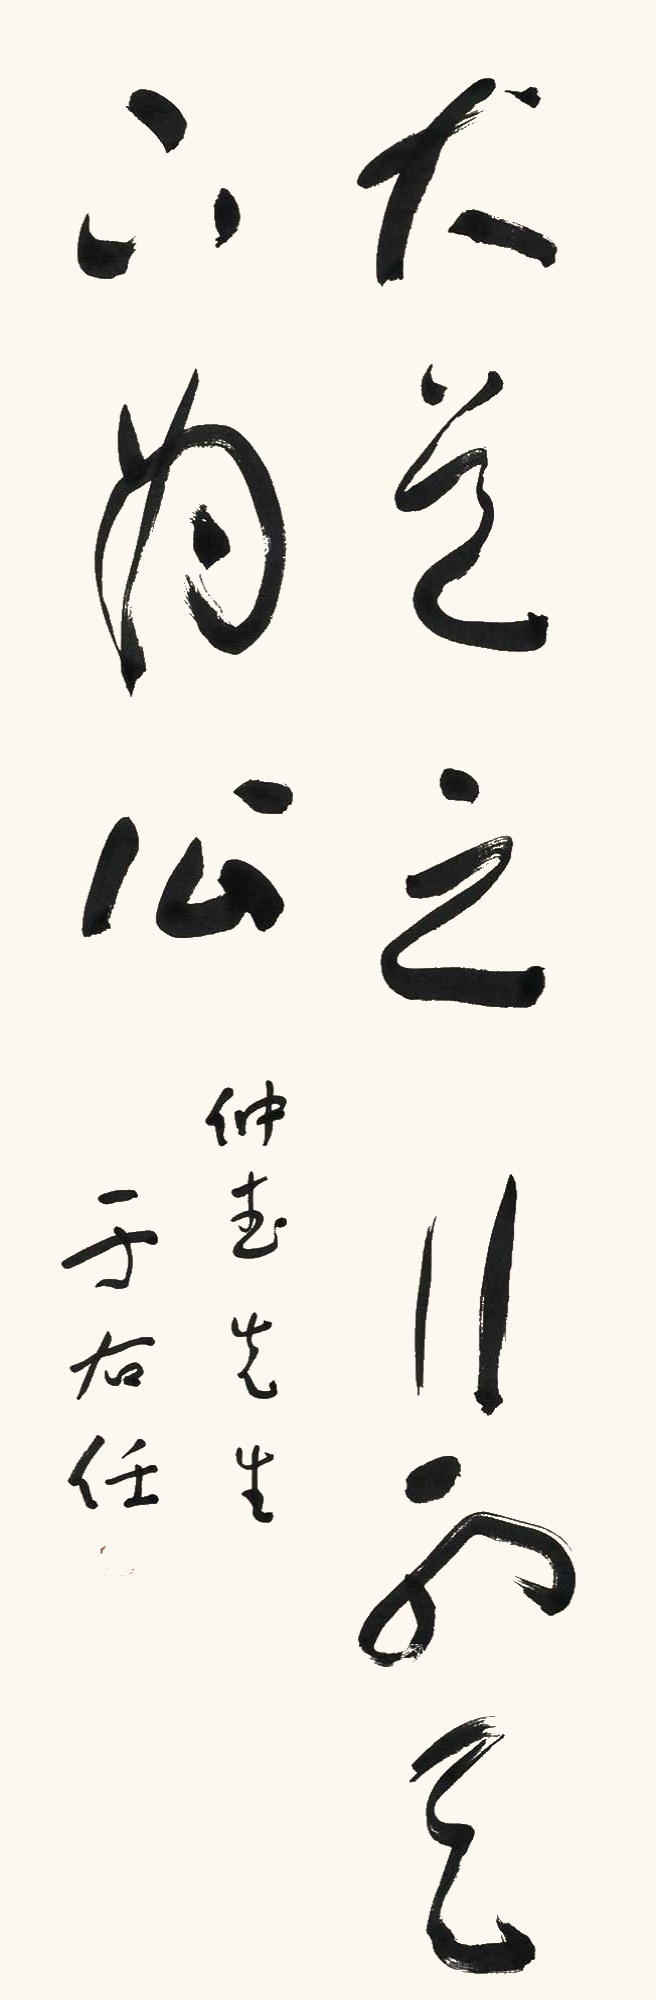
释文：大道之行也，天下为公。仲春先生，于右任。